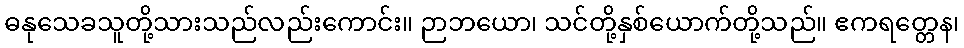
ဓနုသေခသူတို့သားသည်လည်းကောင်း။ ဉာဘယော၊ သင်တို့နှစ်ယောက်တို့သည်။ ဧကရတ္တေန၊